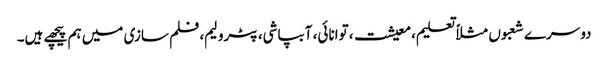
دوسرے شعبوں مثلاً تعلیم، معیشت، توانائی، آبپاشی، پٹرولیم، فلم سازی میں ہم پیچھے ہیں۔